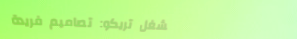
مشغل تريكو: تصاميم فريدة